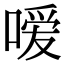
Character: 嗳